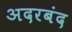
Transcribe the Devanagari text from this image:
अदरबंद